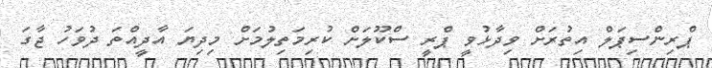
ޕްރިންސިޕަލް އިތުރަށް ވިދާޅުވީ ޕްރީ ސްކޫލަށް ކުރިމަތިލުމަށް މިދިޔަ އާދީއްތަ ދުވަހު ޖާގަ